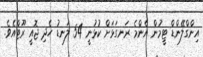
އިންގްލޭންޑް ޓީމުން އެންމެ ރަނގަޅަށް ކުޅުނީ 54 ލަނޑު ހެދި ޖޮއީ ރޫޓްއެވެ.